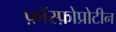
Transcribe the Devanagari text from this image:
फ़ॉस्फ़ोप्रोटीन